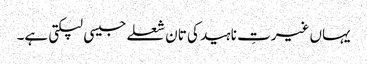
یہاں غیرتِ ناہید کی تان شعلے جیسی لپکتی ہے۔